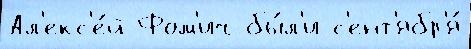
Ал'екс'е́й Фом'ич бы́л'и с'ент'ябр'я́